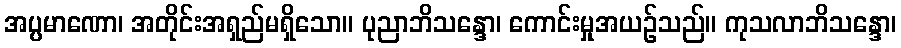
အပ္ပမာဏော၊ အတိုင်းအရှည်မရှိသော။ ပုညာဘိသန္ဒော၊ ကောင်းမှုအယဉ်သည်။ ကုသလာဘိသန္ဒော၊